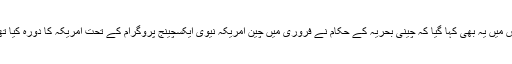
اس میں یہ بھی کہا گیا کہ چینی بحریہ کے حکام نے فروری میں چین امریکہ نیوی ایکسچینج پروگرام کے تحت امریکہ کا دورہ کیا تھا۔